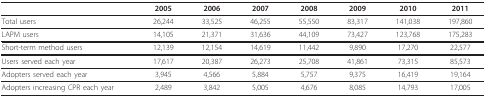
<table><thead><tr><td></td><td><b>2005</b></td><td><b>2006</b></td><td><b>2007</b></td><td><b>2008</b></td><td><b>2009</b></td><td><b>2010</b></td><td><b>2011</b></td></tr></thead><tbody><tr><td>Total users</td><td>26,244</td><td>33,525</td><td>46,255</td><td>55,550</td><td>83,317</td><td>141,038</td><td>197,860</td></tr><tr><td>LAPM users</td><td>14,105</td><td>21,371</td><td>31,636</td><td>44,109</td><td>73,427</td><td>123,768</td><td>175,283</td></tr><tr><td>Short-term method users</td><td>12,139</td><td>12,154</td><td>14,619</td><td>11,442</td><td>9,890</td><td>17,270</td><td>22,577</td></tr><tr><td>Users served each year</td><td>17,617</td><td>20,387</td><td>26,273</td><td>25,708</td><td>41,861</td><td>73,315</td><td>85,573</td></tr><tr><td>Adopters served each year</td><td>3,945</td><td>4,566</td><td>5,884</td><td>5,757</td><td>9,375</td><td>16,419</td><td>19,164</td></tr><tr><td>Adopters increasing CPR each year</td><td>2,489</td><td>3,842</td><td>5,005</td><td>4,676</td><td>8,085</td><td>14,793</td><td>17,005</td></tr></tbody></table>